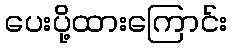
ပေးပို့ထားကြောင်း